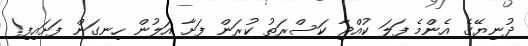
ދުނިޔޭގެ އެންމެ ފަލަ ކުއްޖާ ކަސްރަތު ކުރަން ފަށާ އަލުން ހިނގަން ފަށައިފި!